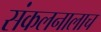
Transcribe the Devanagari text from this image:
संकलनालाच